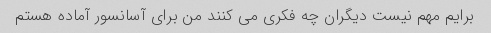
برایم مهم نیست دیگران چه فکری می کنند من برای آسانسور آماده هستم